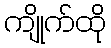
ကျိုက်ထို